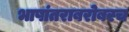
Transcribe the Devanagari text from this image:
भाषांतराबरोबरच